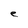
Character: e